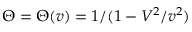
\Theta = \Theta ( v ) = 1 / ( 1 - V ^ { 2 } / v ^ { 2 } )